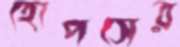
হোপসের